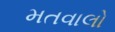
મતવાલો